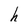
Character: h